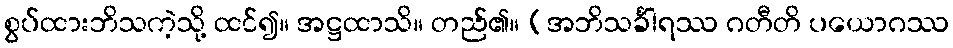
စွပ်ထားဘိသကဲ့သို့ ထင်၍။ အဋ္ဌထာသိ။ တည်၏။ (အဘိသင်္ခါရဿ ဂတီတိ ပယောဂဿ